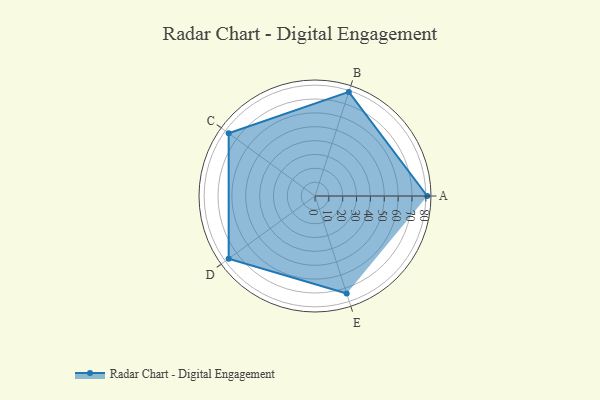
{"axis": {"x": "Skill", "y": "Score"}, "legend": ["Profile"], "data": [{"x": "A", "y": 81.0, "type": "Profile"}, {"x": "B", "y": 79.0, "type": "Profile"}, {"x": "C", "y": 77.0, "type": "Profile"}, {"x": "D", "y": 77.0, "type": "Profile"}, {"x": "E", "y": 74.0, "type": "Profile"}]}